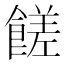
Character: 𩝭